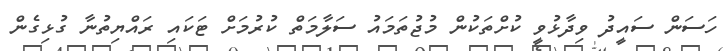
ހަސަން ސައީދު ވިދާޅުވީ ކުށްތަކުން މުޖުތަމައު ސަލާމަތް ކުރުމަށް ޓަކައި ރައްޔިތުނާ ގުޅިގެން